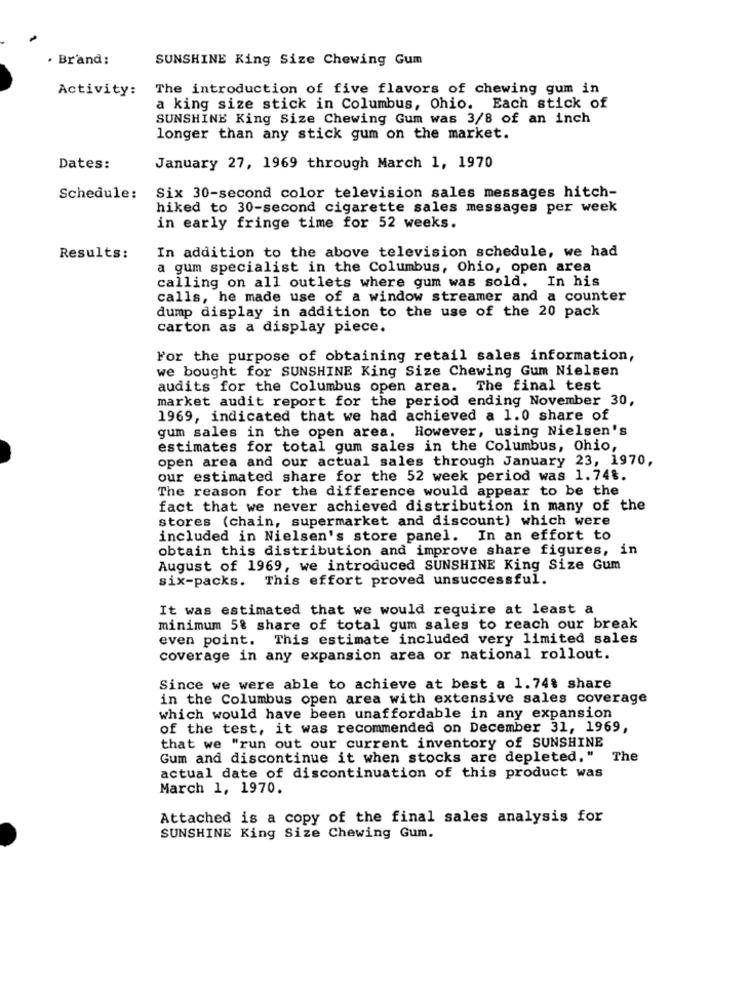
. Brand:
SUNSHINE King Size Chewing Gum
Activity:
The introduction of five flavors of chewing gum in
a king size stick in Columbus, Ohio. Each stick of
SUNSHINE King Size Chewing Gum was 3/8 of an inch
longer than any stick gum on the market.
Dates:
January 27, 1969 through March 1, 1970
Schedule:
Six 30-second color television sales messages hitch-
hiked to 30-second cigarette sales messages per week
in early fringe time for 52 weeks.
In addition to the above television schedule, we had
Results:
a gum specialist in the Columbus, Ohio, open area
calling on all outlets where gum was sold. In his
calls, he made use of a window streamer and a counter
dump display in addition to the use of the 20 pack
carton as a display piece.
For the purpose of obtaining retail sales information,
we bought for SUNSHINE King Size Chewing Gum Nielsen
audits for the Columbus open area. The final test
market audit report for the period ending November 30,
1969, indicated that we had achieved a 1.0 share of
gum sales in the open area. However, using Nielsen's
estimates for total gum sales in the Columbus, Ohio,
open area and our actual sales through January 23, 1970,
our estimated share for the 52 week period was 1.74%.
The reason for the difference would appear to be the
fact that we never achieved distribution in many of the
stores (chain, supermarket and discount) which were
included in Nielsen's store panel. In an effort to
obtain this distribution and improve share figures, in
August of 1969, we introduced SUNSHINE King Size Gum
six-packs. This effort proved unsuccessful.
It was estimated that we would require at least a
minimum 5% share of total gum sales to reach our break
even point. This estimate included very limited sales
coverage in any expansion area or national rollout.
Since we were able to achieve at best a 1.74% share
in the Columbus open area with extensive sales coverage
which would have been unaffordable in any expansion
of the test, it was recommended on December 31, 1969,
that we "run out our current inventory of SUNSHINE
Gum and discontinue it when stocks are depleted. "
The
actual date of discontinuation of this product was
March 1, 1970.
Attached is a copy of the final sales analysis for
SUNSHINE King Size Chewing Gum.